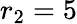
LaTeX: r_{\textrm{2}}=5